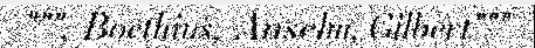
""", Boethius, Anselm, Gilbert"""